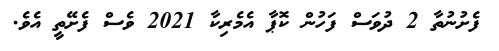
ފެށުނުތާ 2 ދުވަސް ފަހުން ކޮޕާ އެމެރިކާ 2021 ވެސް ފެށޭތީ އެވެ.